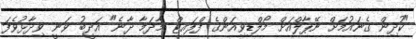
"ކުދިން ގެނައުމަށް ނޭޕާލްއަށް މޯލްޑިވިއަންގެ ފްލައިޓް މާދަމާ ދާނެ" އަދީބު ވަނީ ވިދާޅުވެފަ